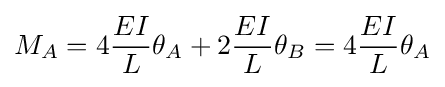
M_{A}=4{\frac {EI}{L}}\theta _{A}+2{\frac {EI}{L}}\theta _{B}=4{\frac {EI}{L}}\theta _{A}